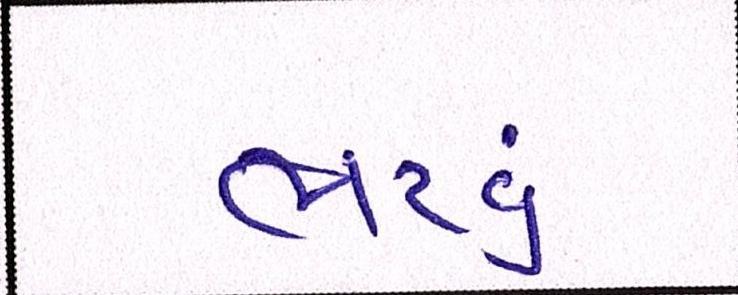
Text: ભરવું